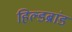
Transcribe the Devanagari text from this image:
हिल्डब्रांड